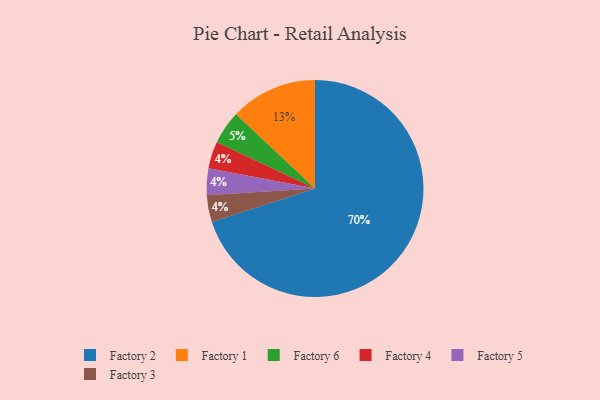
{"axis": {"x": "Category", "y": "Percentage"}, "legend": ["Factory 1", "Factory 2", "Factory 3", "Factory 4", "Factory 5", "Factory 6"], "data": [{"x": "Factory 4", "y": 4, "type": "Factory 4"}, {"x": "Factory 5", "y": 4, "type": "Factory 5"}, {"x": "Factory 2", "y": 70, "type": "Factory 2"}, {"x": "Factory 3", "y": 4, "type": "Factory 3"}, {"x": "Factory 1", "y": 13, "type": "Factory 1"}, {"x": "Factory 6", "y": 5, "type": "Factory 6"}]}